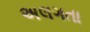
અલગતા